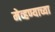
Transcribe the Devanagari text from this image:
मेव्हण्याच्या